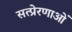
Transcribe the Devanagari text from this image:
सत्प्रेरणाओं